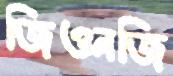
জিওনজি